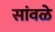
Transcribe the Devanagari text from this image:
सांवळे